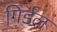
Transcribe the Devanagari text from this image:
गिर्डल